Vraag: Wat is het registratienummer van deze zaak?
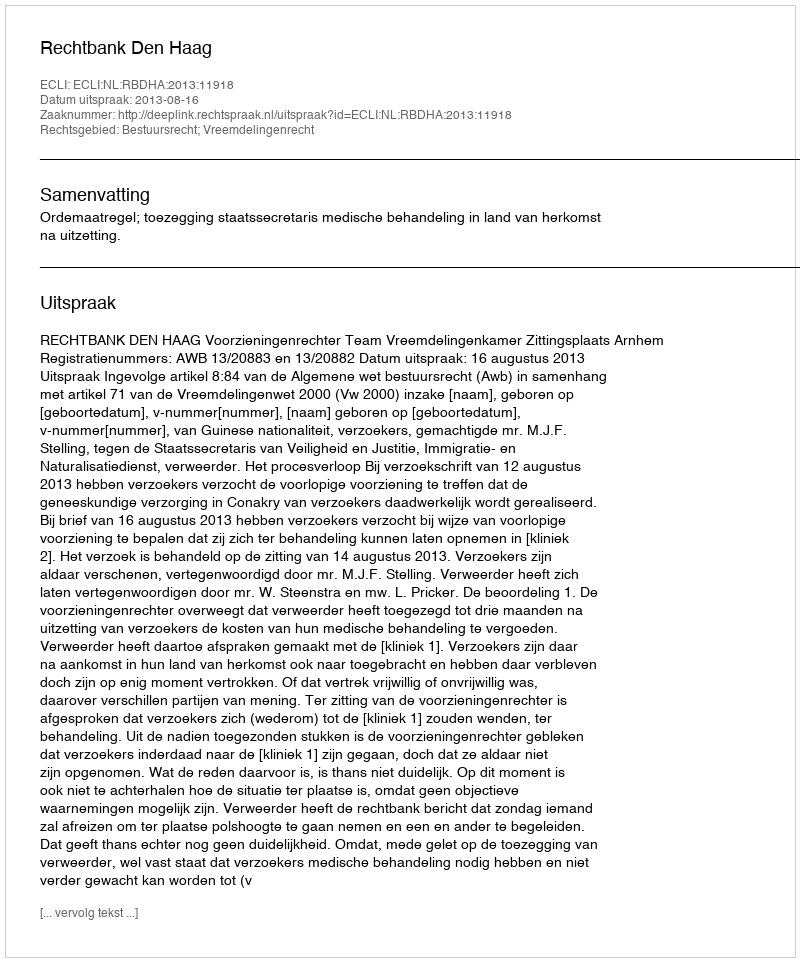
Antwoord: http://deeplink.rechtspraak.nl/uitspraak?id=ECLI:NL:RBDHA:2013:11918